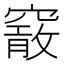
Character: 𥨄